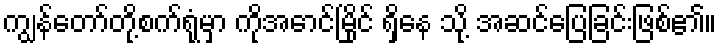
ကျွန်တော်တို့စက်ရုံမှာ ကိုအောင်မြိုင် ရှိနေ သို့ အဆင်ပြေခြင်းဖြစ်၏။